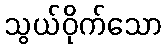
သွယ်ဝိုက်သော